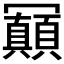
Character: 𠖩